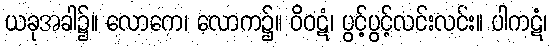
ယခုအခါ၌။ လောကေ၊ လောက၌။ ဝိဝဋံ၊ ပွင့်ပွင့်လင်းလင်း။ ပါကဋံ၊